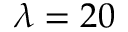
\lambda = 2 0